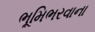
ભૂમિભરવાના